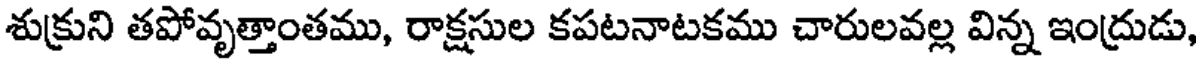
శుక్రుని తపోవృత్తాంతము, రాక్షసుల కపటనాటకము చారులవల్ల విన్న ఇంద్రుడు,